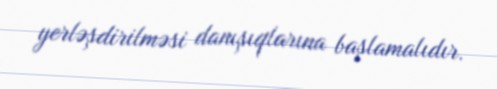
yerləşdirilməsi danışıqlarına başlamalıdır.